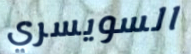
السويسري